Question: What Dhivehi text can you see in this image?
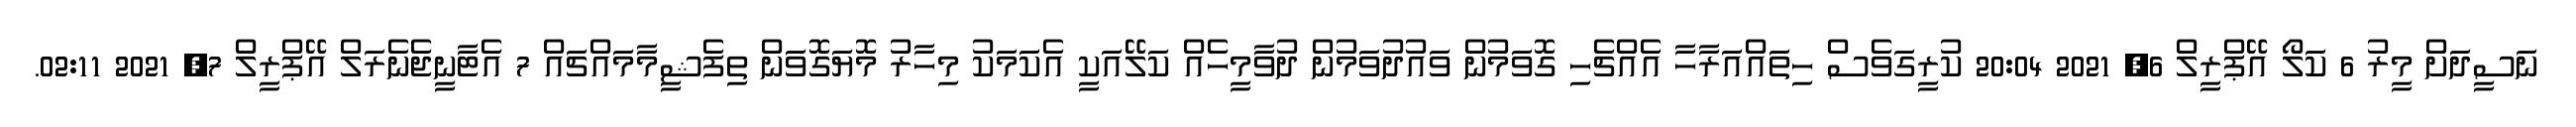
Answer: ނަސީދަށް މީރު 6 ކަލޯ އޭޕްރީލް 6, 2021 20:04 ކުރީގަވެސް ހިތައްއަރާހާ އެއްޗެހި ގޮވަމުން ވައުދުވަމުން ދުވާމީހެއް ކަލޭއަކީ އެކަމަކު މިހާރު މޮޔަގޮވަން ތިފެޝީމާމައްޗައް 7 އެޓާނީޖެނެރަލް އޭޕްރީލް 7, 2021 02:11.